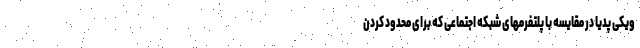
ویکی پدیا در مقایسه با پلتفرمهای شبکه اجتماعی که برای محدود کردن